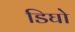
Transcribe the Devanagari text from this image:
डिघो